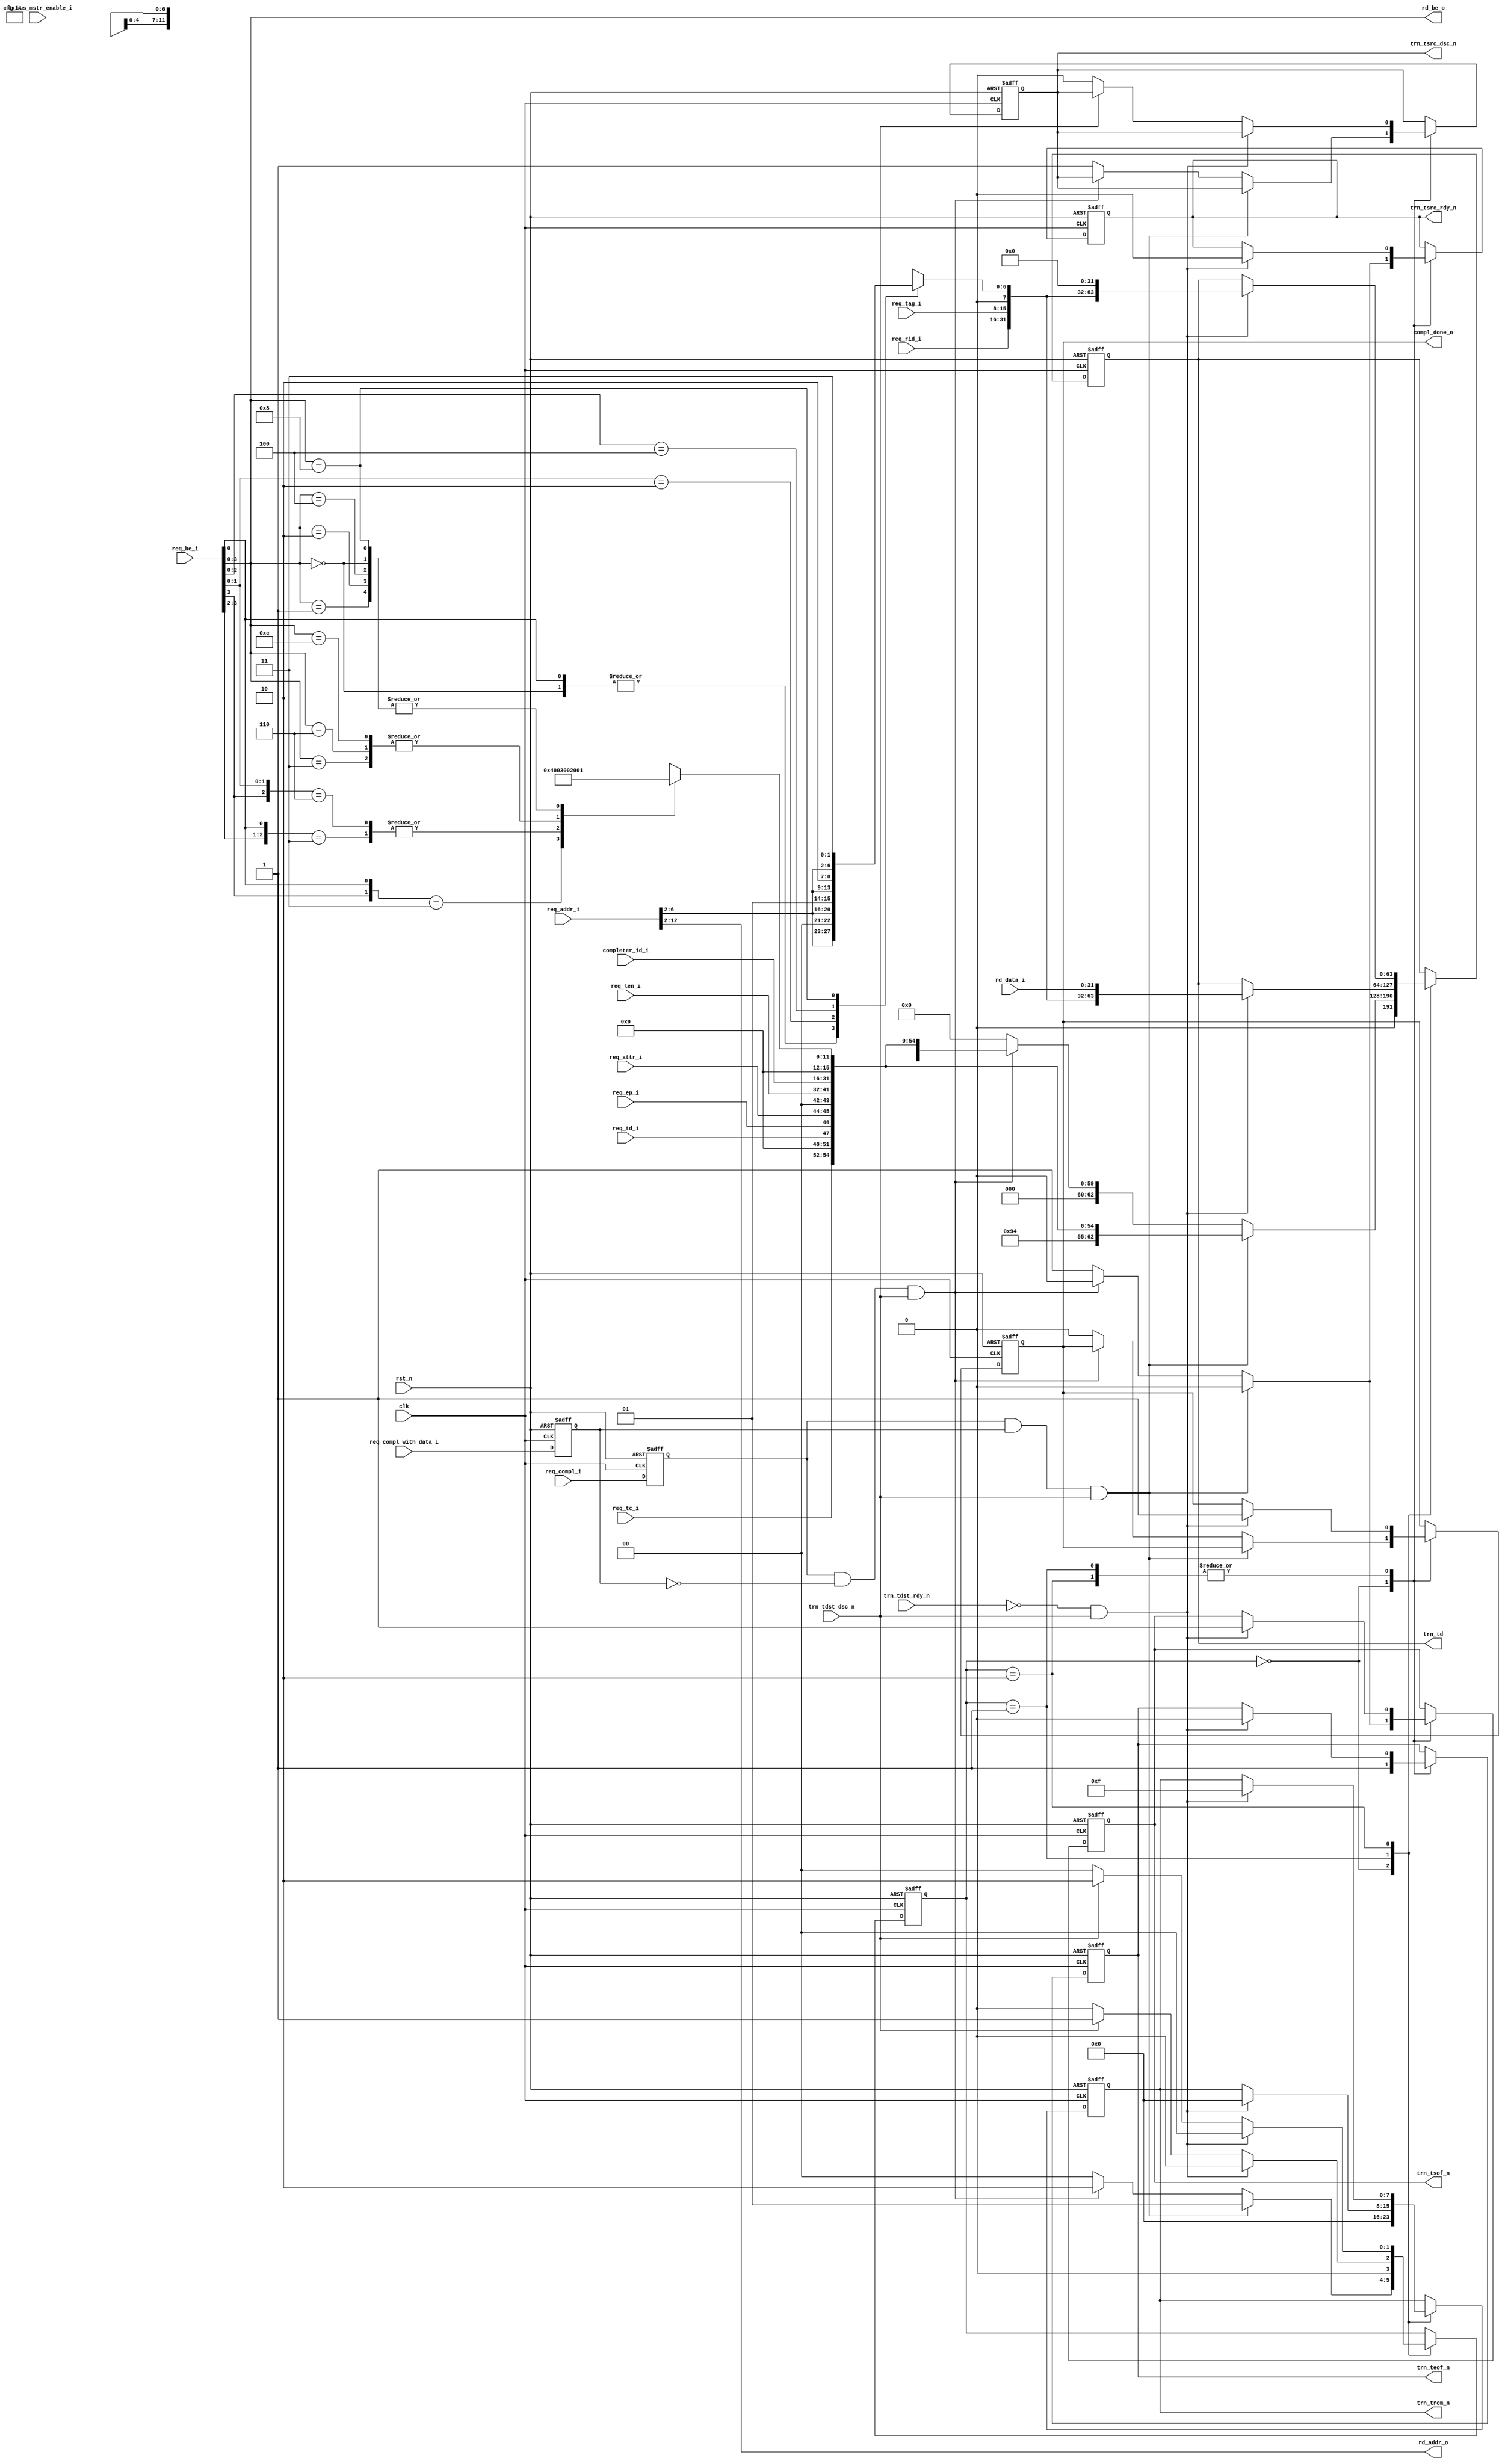
//-----------------------------------------------------------------------------
//
// (c) Copyright 2009-2010 Xilinx, Inc. All rights reserved.
//
// This file contains confidential and proprietary information
// of Xilinx, Inc. and is protected under U.S. and
// international copyright and other intellectual property
// laws.
//
// DISCLAIMER
// This disclaimer is not a license and does not grant any
// rights to the materials distributed herewith. Except as
// otherwise provided in a valid license issued to you by
// Xilinx, and to the maximum extent permitted by applicable
// law: (1) THESE MATERIALS ARE MADE AVAILABLE "AS IS" AND
// WITH ALL FAULTS, AND XILINX HEREBY DISCLAIMS ALL WARRANTIES
// AND CONDITIONS, EXPRESS, IMPLIED, OR STATUTORY, INCLUDING
// BUT NOT LIMITED TO WARRANTIES OF MERCHANTABILITY, NON-
// INFRINGEMENT, OR FITNESS FOR ANY PARTICULAR PURPOSE; and
// (2) Xilinx shall not be liable (whether in contract or tort,
// including negligence, or under any other theory of
// liability) for any loss or damage of any kind or nature
// related to, arising under or in connection with these
// materials, including for any direct, or any indirect,
// special, incidental, or consequential loss or damage
// (including loss of data, profits, goodwill, or any type of
// loss or damage suffered as a result of any action brought
// by a third party) even if such damage or loss was
// reasonably foreseeable or Xilinx had been advised of the
// possibility of the same.
//
// CRITICAL APPLICATIONS
// Xilinx products are not designed or intended to be fail-
// safe, or for use in any application requiring fail-safe
// performance, such as life-support or safety devices or
// systems, Class III medical devices, nuclear facilities,
// applications related to the deployment of airbags, or any
// other applications that could lead to death, personal
// injury, or severe property or environmental damage
// (individually and collectively, "Critical
// Applications"). Customer assumes the sole risk and
// liability of any use of Xilinx products in Critical
// Applications, subject only to applicable laws and
// regulations governing limitations on product liability.
//
// THIS COPYRIGHT NOTICE AND DISCLAIMER MUST BE RETAINED AS
// PART OF THIS FILE AT ALL TIMES.
//
//-----------------------------------------------------------------------------
// Project    : V5-Block Plus for PCI Express
//--
//-- Description: 64 bit Local-Link Transmit Unit.
//--
//--------------------------------------------------------------------------------

`timescale 1ns/1ns

`define PIO_64_CPLD_FMT_TYPE 7'b10_01010
`define PIO_64_CPL_FMT_TYPE  7'b00_01010

`define PIO_64_TX_RST_STATE  2'b00
`define PIO_64_TX_CPLD_QW1   2'b01
`define PIO_64_TX_CPL_QW1    2'b10

module PIO_64_TX_ENGINE    (

                        clk,
                        rst_n,

                        trn_td,
                        trn_trem_n,
                        trn_tsof_n,
                        trn_teof_n,
                        trn_tsrc_rdy_n,
                        trn_tsrc_dsc_n,
                        trn_tdst_rdy_n,
                        trn_tdst_dsc_n,

                        req_compl_i,
                        req_compl_with_data_i,
                        compl_done_o,

                        req_tc_i,     
                        req_td_i,
                        req_ep_i,
                        req_attr_i,
                        req_len_i,
                        req_rid_i,        
                        req_tag_i,
                        req_be_i,
                        req_addr_i,

                        // Read Access

                        rd_addr_o,
                        rd_be_o,
                        rd_data_i,

                        completer_id_i,
                        cfg_bus_mstr_enable_i

                        );

    input               clk;
    input               rst_n;

    output [63:0]       trn_td;
    output [7:0]        trn_trem_n;
    output              trn_tsof_n;
    output              trn_teof_n;
    output              trn_tsrc_rdy_n;
    output              trn_tsrc_dsc_n;
    input               trn_tdst_rdy_n;
    input               trn_tdst_dsc_n;

    input               req_compl_i;
    input               req_compl_with_data_i; // asserted indicates to generate a completion WITH data
                         // otherwise a completion WITHOUT data will be generated
    output              compl_done_o;

    input [2:0]         req_tc_i;
    input               req_td_i;
    input               req_ep_i;
    input [1:0]         req_attr_i;
    input [9:0]         req_len_i;
    input [15:0]        req_rid_i;
    input [7:0]         req_tag_i;
    input [7:0]         req_be_i;
    input [12:0]        req_addr_i;

    output [10:0]       rd_addr_o;
    output [3:0]        rd_be_o;
    input  [31:0]       rd_data_i;

    input [15:0]        completer_id_i;
    input               cfg_bus_mstr_enable_i;

    // Local registers

    reg [63:0]          trn_td;
    reg [7:0]           trn_trem_n;
    reg                 trn_tsof_n;
    reg                 trn_teof_n;
    reg                 trn_tsrc_rdy_n;
    reg                 trn_tsrc_dsc_n;

    reg [11:0]          byte_count;
    reg [06:0]          lower_addr;

    reg                 compl_done_o;
    reg                 req_compl_q;
    reg                 req_compl_with_data_q;

    reg [1:0]           state;

    // Local wires

    /*
     * Present address and byte enable to memory module
     */

    assign rd_addr_o = req_addr_i[12:2];
    assign rd_be_o =   req_be_i[3:0];

    /*
     * Calculate byte count based on byte enable
     */

    always @ (rd_be_o) begin

      casex (rd_be_o[3:0])

        4'b1xx1 : byte_count = 12'h004;
        4'b01x1 : byte_count = 12'h003;
        4'b1x10 : byte_count = 12'h003;
        4'b0011 : byte_count = 12'h002;
        4'b0110 : byte_count = 12'h002;
        4'b1100 : byte_count = 12'h002;
        4'b0001 : byte_count = 12'h001;
        4'b0010 : byte_count = 12'h001;
        4'b0100 : byte_count = 12'h001;
        4'b1000 : byte_count = 12'h001;
        4'b0000 : byte_count = 12'h001;

      endcase

    end

    /*
     * Calculate lower address based on  byte enable
     */

    always @ (rd_be_o or req_addr_i) begin

      casex (rd_be_o[3:0])
      
        4'b0000 : lower_addr = {req_addr_i[6:2], 2'b00};
        4'bxxx1 : lower_addr = {req_addr_i[6:2], 2'b00};
        4'bxx10 : lower_addr = {req_addr_i[6:2], 2'b01};
        4'bx100 : lower_addr = {req_addr_i[6:2], 2'b10};
        4'b1000 : lower_addr = {req_addr_i[6:2], 2'b11};

      endcase

    end

    always @ ( posedge clk or negedge rst_n ) begin

        if (!rst_n ) begin

          req_compl_q <= 1'b0;
          req_compl_with_data_q <= 1'b1;

        end else begin

          req_compl_q <= req_compl_i;
          req_compl_with_data_q <= req_compl_with_data_i;

        end

    end

    /*
     *  Generate Completion with 1 DW Payload or Completion with no data
     */

    always @ ( posedge clk or negedge rst_n ) begin

        if (!rst_n ) begin

          trn_tsof_n        <= 1'b1;
          trn_teof_n        <= 1'b1;
          trn_tsrc_rdy_n    <= 1'b1;
          trn_tsrc_dsc_n    <= 1'b1;
          trn_td            <= 64'b0;
          trn_trem_n        <= 8'b0;

          compl_done_o      <= 1'b0;

          state             <= `PIO_64_TX_RST_STATE;

        end else begin


          case ( state )

            `PIO_64_TX_RST_STATE : begin

              if (req_compl_q && req_compl_with_data_q &&
                  trn_tdst_dsc_n) begin

                trn_tsof_n       <= 1'b0;
                trn_teof_n       <= 1'b1;
                trn_tsrc_rdy_n   <= 1'b0;
                trn_td           <= { {1'b0},
                                      `PIO_64_CPLD_FMT_TYPE,
                                      {1'b0}, 
                                      req_tc_i,
                                      {4'b0},
                                      req_td_i,
                                      req_ep_i, 
                                      req_attr_i,
                                      {2'b0}, 
                                      req_len_i,
                                      completer_id_i,
                                      {3'b0},
                                      {1'b0}, 
                                      byte_count };
                trn_trem_n        <= 8'b0;

                state             <= `PIO_64_TX_CPLD_QW1;
               
              end else if (req_compl_q && (!req_compl_with_data_q) &&
                  trn_tdst_dsc_n) begin

                trn_tsof_n       <= 1'b0;
                trn_teof_n       <= 1'b1;
                trn_tsrc_rdy_n   <= 1'b0;
                trn_td           <= { {1'b0},
                                      `PIO_64_CPL_FMT_TYPE,
                                      {1'b0},
                                      req_tc_i,
                                      {4'b0},
                                      req_td_i,
                                      req_ep_i,
                                      req_attr_i,
                                      {2'b0},
                                      req_len_i,
                                      completer_id_i,
                                      {3'b0},
                                      {1'b0},
                                      byte_count };
                trn_trem_n        <= 8'b0;

                state             <= `PIO_64_TX_CPL_QW1;

              end else begin

                trn_tsof_n        <= 1'b1;
                trn_teof_n        <= 1'b1;
                trn_tsrc_rdy_n    <= 1'b1;
                trn_tsrc_dsc_n    <= 1'b1;
                trn_td            <= 64'b0;
                trn_trem_n        <= 8'b0;
                compl_done_o      <= 1'b0;

                state             <= `PIO_64_TX_RST_STATE;

              end

            end

            `PIO_64_TX_CPLD_QW1 : begin

              if ((!trn_tdst_rdy_n) && (trn_tdst_dsc_n)) begin

                trn_tsof_n       <= 1'b1;
                trn_teof_n       <= 1'b0;
                trn_tsrc_rdy_n   <= 1'b0;
                trn_td           <= { req_rid_i,
                                      req_tag_i,
                                      {1'b0},
                                      lower_addr,
                                      rd_data_i };
                trn_trem_n        <= 8'h00;
                compl_done_o      <= 1'b1;

                state             <= `PIO_64_TX_RST_STATE;

              end else if (!trn_tdst_dsc_n) begin

                state             <= `PIO_64_TX_RST_STATE;
                trn_tsrc_dsc_n    <= 1'b0;

              end else
                state             <= `PIO_64_TX_CPLD_QW1;

            end

            `PIO_64_TX_CPL_QW1 : begin

              if ((!trn_tdst_rdy_n) && (trn_tdst_dsc_n)) begin

                trn_tsof_n       <= 1'b1;
                trn_teof_n       <= 1'b0;
                trn_tsrc_rdy_n   <= 1'b0;
                trn_td           <= { req_rid_i,
                                      req_tag_i, 
                                      {1'b0},
                                      lower_addr,
                                      32'h00000000 };
                trn_trem_n        <= 8'h0F;
                compl_done_o      <= 1'b1;

                state             <= `PIO_64_TX_RST_STATE;

              end else if (!trn_tdst_dsc_n) begin

                state             <= `PIO_64_TX_RST_STATE;
                trn_tsrc_dsc_n    <= 1'b0;

              end else
                state             <= `PIO_64_TX_CPL_QW1;

            end

          endcase

        end

    end

endmodule // PIO_64_TX_ENGINE